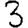
Digit: 3